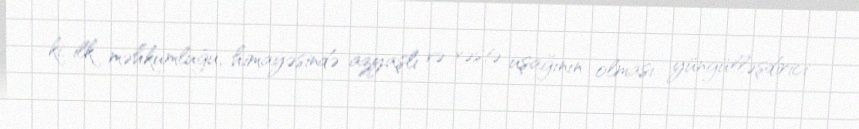
ki, ilk məhkumluğu, himayəsində azyaşlı və xəstə uşağının olması yüngülləşdirici